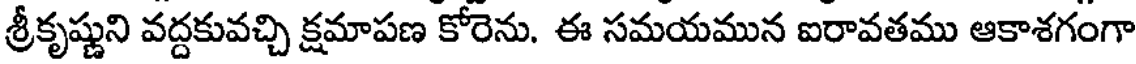
శ్రీకృష్ణుని వద్దకువచ్చి క్షమాపణ కోరెను. ఈ సమయమున ఐరావతము ఆకాశగంగా